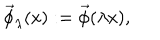
LaTeX: \vec { \phi } _ { \lambda } ( \textrm { x } ) : = \vec { \phi } ( \lambda \textrm { x } ) ,